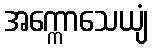
အက္ကောသေယျံ